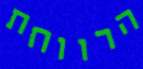
הרווחת